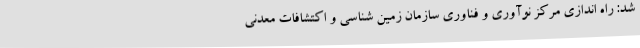
شد: راه اندازی مرکز نوآوری و فناوری سازمان زمین شناسی و اکتشافات معدنی